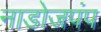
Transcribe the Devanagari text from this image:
नाडोजपंप